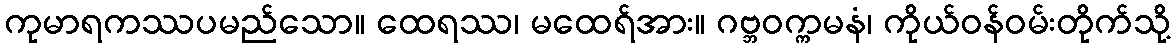
ကုမာရကဿပမည်သော။ ထေရဿ၊ မထေရ်အား။ ဂဗ္ဘဝက္ကမနံ၊ ကိုယ်ဝန်ဝမ်းတိုက်သို့